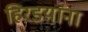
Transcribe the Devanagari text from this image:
हिरडय़ांना